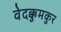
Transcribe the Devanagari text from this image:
वेदक्कुमकुर